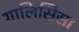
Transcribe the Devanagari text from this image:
गालिसिसा